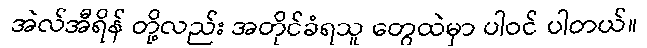
အဲလ်အီရိန် တို့လည်း အတိုင်ခံရသူ တွေထဲမှာ ပါဝင် ပါတယ်။